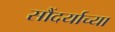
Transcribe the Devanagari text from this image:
सौंदर्याच्या